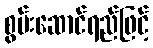
စွမ်းဆောင်ရည်ဖြင့်